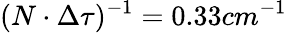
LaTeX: (N\cdot\Delta\tau)^{-1}=0.33cm^{-1}